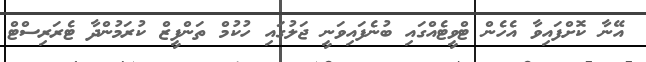
އޭނާ ކޮށްފައިވާ އެހެން ޓްވީޓެއްގައި ބުނެފައިވަނީ ޖަލުގައި ހުކުމް ތަންފީޒް ކުރަމުންދާ ޓެރަރިސްޓް